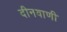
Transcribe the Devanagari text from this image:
दीनवाणी